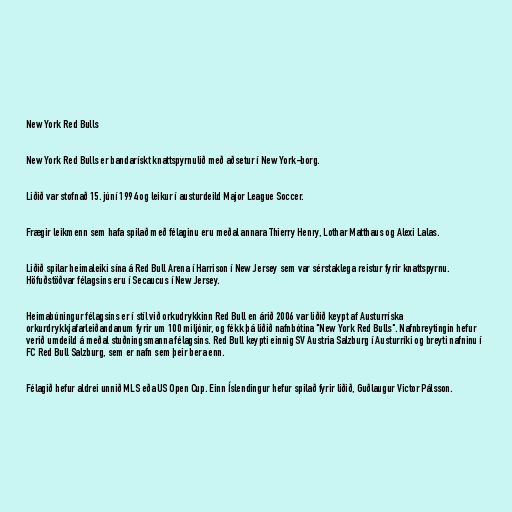
New York Red Bulls

New York Red Bulls er bandarískt knattspyrnulið með aðsetur í New York-borg.

Liðið var stofnað 15. júní 1994 og leikur í austurdeild Major League Soccer.

Frægir leikmenn sem hafa spilað með félaginu eru meðal annara Thierry Henry, Lothar Matthaus og Alexi Lalas.

Liðið spilar heimaleiki sína á Red Bull Arena í Harrison í New Jersey sem var sérstaklega reistur fyrir knattspyrnu.
Höfuðstöðvar félagsins eru í Secaucus í New Jersey.

Heimabúningur félagsins er í stíl við orkudrykkinn Red Bull en árið 2006 var liðið keypt af Austurríska
orkurdrykkjafarleiðandanum fyrir um 100 miljónir, og fékk þá liðið nafnbótina "New York Red Bulls". Nafnbreytingin hefur
verið umdeild á meðal stuðningsmanna félagsins. Red Bull keypti einnig SV Austria Salzburg í Austurríki og breyti nafninu í
FC Red Bull Salzburg, sem er nafn sem þeir bera enn.

Félagið hefur aldrei unnið MLS eða US Open Cup. Einn Íslendingur hefur spilað fyrir liðið, Guðlaugur Victor Pálsson.